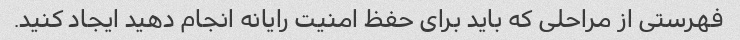
فهرستی از مراحلی که باید برای حفظ امنیت رایانه انجام دهید ایجاد کنید.